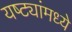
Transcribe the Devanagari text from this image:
यष्ट्यांमध्ये